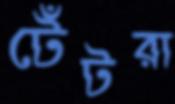
টেঁটরা